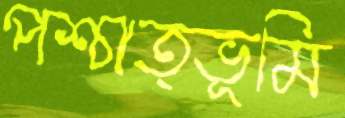
পশ্চাত্ভূমি